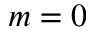
m = 0